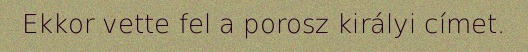
Ekkor vette fel a porosz királyi címet.